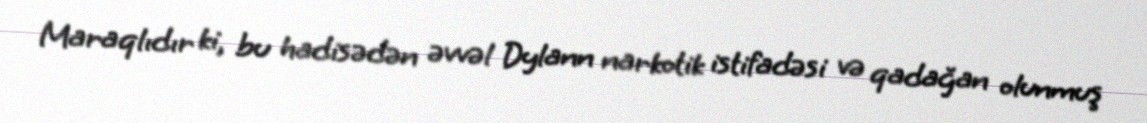
Maraqlıdır ki, bu hadisədən əvvəl Dylann narkotik istifadəsi və qadağan olunmuş